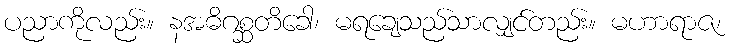
ပညာကိုလည်း။ နအဓိဂစ္ဆတိခေါ၊ မရချေသည်သာလျှင်တည်း။ မဟာရာဇ၊